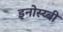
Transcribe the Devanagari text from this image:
इनोस्य्बी